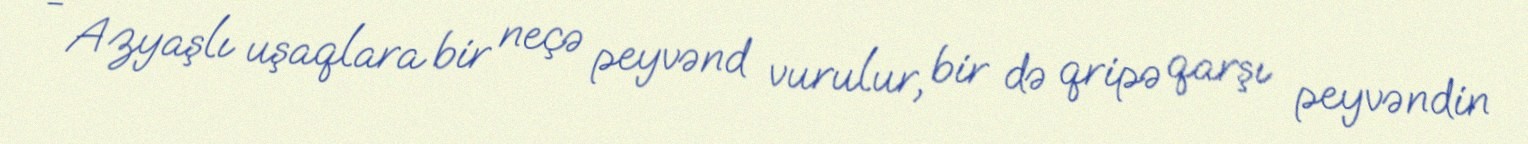
- Azyaşlı uşaqlara bir neçə peyvənd vurulur, bir də qripə qarşı peyvəndin